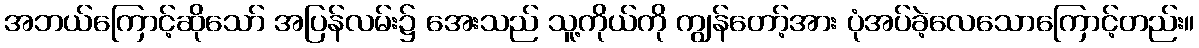
အဘယ်ကြောင့်ဆိုသော် အပြန်လမ်း၌ အေးသည် သူ့ကိုယ်ကို ကျွန်တော့်အား ပုံအပ်ခဲ့လေသောကြောင့်တည်း။